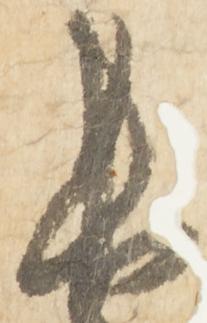
長